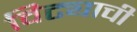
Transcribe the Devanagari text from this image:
विट्याची